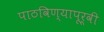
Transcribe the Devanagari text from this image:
पाठविण्यापूर्वी